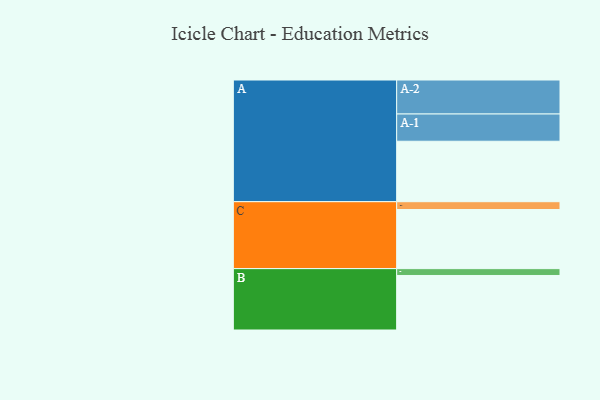
{"axis": {"x": "Segment", "y": "Value"}, "legend": ["", "A", "B", "C"], "data": [{"x": "A", "y": 530, "type": ""}, {"x": "B", "y": 478, "type": ""}, {"x": "C", "y": 518, "type": ""}, {"x": "A-1", "y": 239, "type": "A"}, {"x": "A-2", "y": 298, "type": "A"}, {"x": "B-1", "y": 60, "type": "B"}, {"x": "C-1", "y": 69, "type": "C"}]}